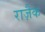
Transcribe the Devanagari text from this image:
राज़ैक